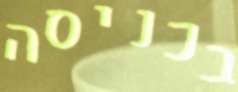
בכניסה